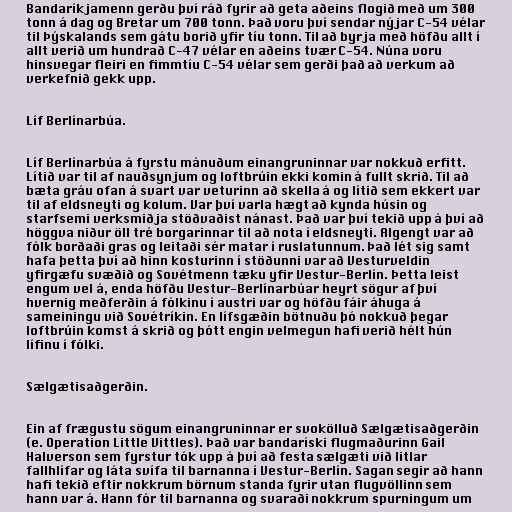
Bandaríkjamenn gerðu því ráð fyrir að geta aðeins flogið með um 300
tonn á dag og Bretar um 700 tonn. Það voru því sendar nýjar C-54 vélar
til Þýskalands sem gátu borið yfir tíu tonn. Til að byrja með höfðu allt í
allt verið um hundrað C-47 vélar en aðeins tvær C-54. Núna voru
hinsvegar fleiri en fimmtíu C-54 vélar sem gerði það að verkum að
verkefnið gekk upp.

Líf Berlínarbúa.

Líf Berlínarbúa á fyrstu mánuðum einangruninnar var nokkuð erfitt.
Lítið var til af nauðsynjum og loftbrúin ekki komin á fullt skrið. Til að
bæta gráu ofan á svart var veturinn að skella á og lítið sem ekkert var
til af eldsneyti og kolum. Var því varla hægt að kynda húsin og
starfsemi verksmiðja stöðvaðist nánast. Það var því tekið upp á því að
höggva niður öll tré borgarinnar til að nota í eldsneyti. Algengt var að
fólk borðaði gras og leitaði sér matar í ruslatunnum. Það lét sig samt
hafa þetta því að hinn kosturinn í stöðunni var að Vesturveldin
yfirgæfu svæðið og Sovétmenn tæku yfir Vestur-Berlín. Þetta leist
engum vel á, enda höfðu Vestur-Berlínarbúar heyrt sögur af því
hvernig meðferðin á fólkinu í austri var og höfðu fáir áhuga á
sameiningu við Sovétríkin. En lífsgæðin bötnuðu þó nokkuð þegar
loftbrúin komst á skrið og þótt engin velmegun hafi verið hélt hún
lífinu í fólki.

Sælgætisaðgerðin.

Ein af frægustu sögum einangruninnar er svokölluð Sælgætisaðgerðin
(e. Operation Little Vittles). Það var bandaríski flugmaðurinn Gail
Halverson sem fyrstur tók upp á því að festa sælgæti við litlar
fallhlífar og láta svífa til barnanna í Vestur-Berlín. Sagan segir að hann
hafi tekið eftir nokkrum börnum standa fyrir utan flugvöllinn sem
hann var á. Hann fór til barnanna og svaraði nokkrum spurningum um